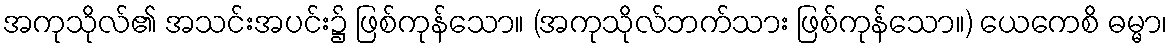
အကုသိုလ်၏ အသင်းအပင်း၌ ဖြစ်ကုန်သော။ (အကုသိုလ်ဘက်သား ဖြစ်ကုန်သော။) ယေကေစိ ဓမ္မာ၊